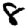
Digit: 8